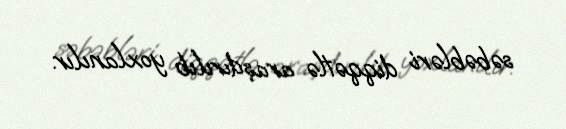
səbəbləri diqqətlə araşdırılıb yoxlanılır.